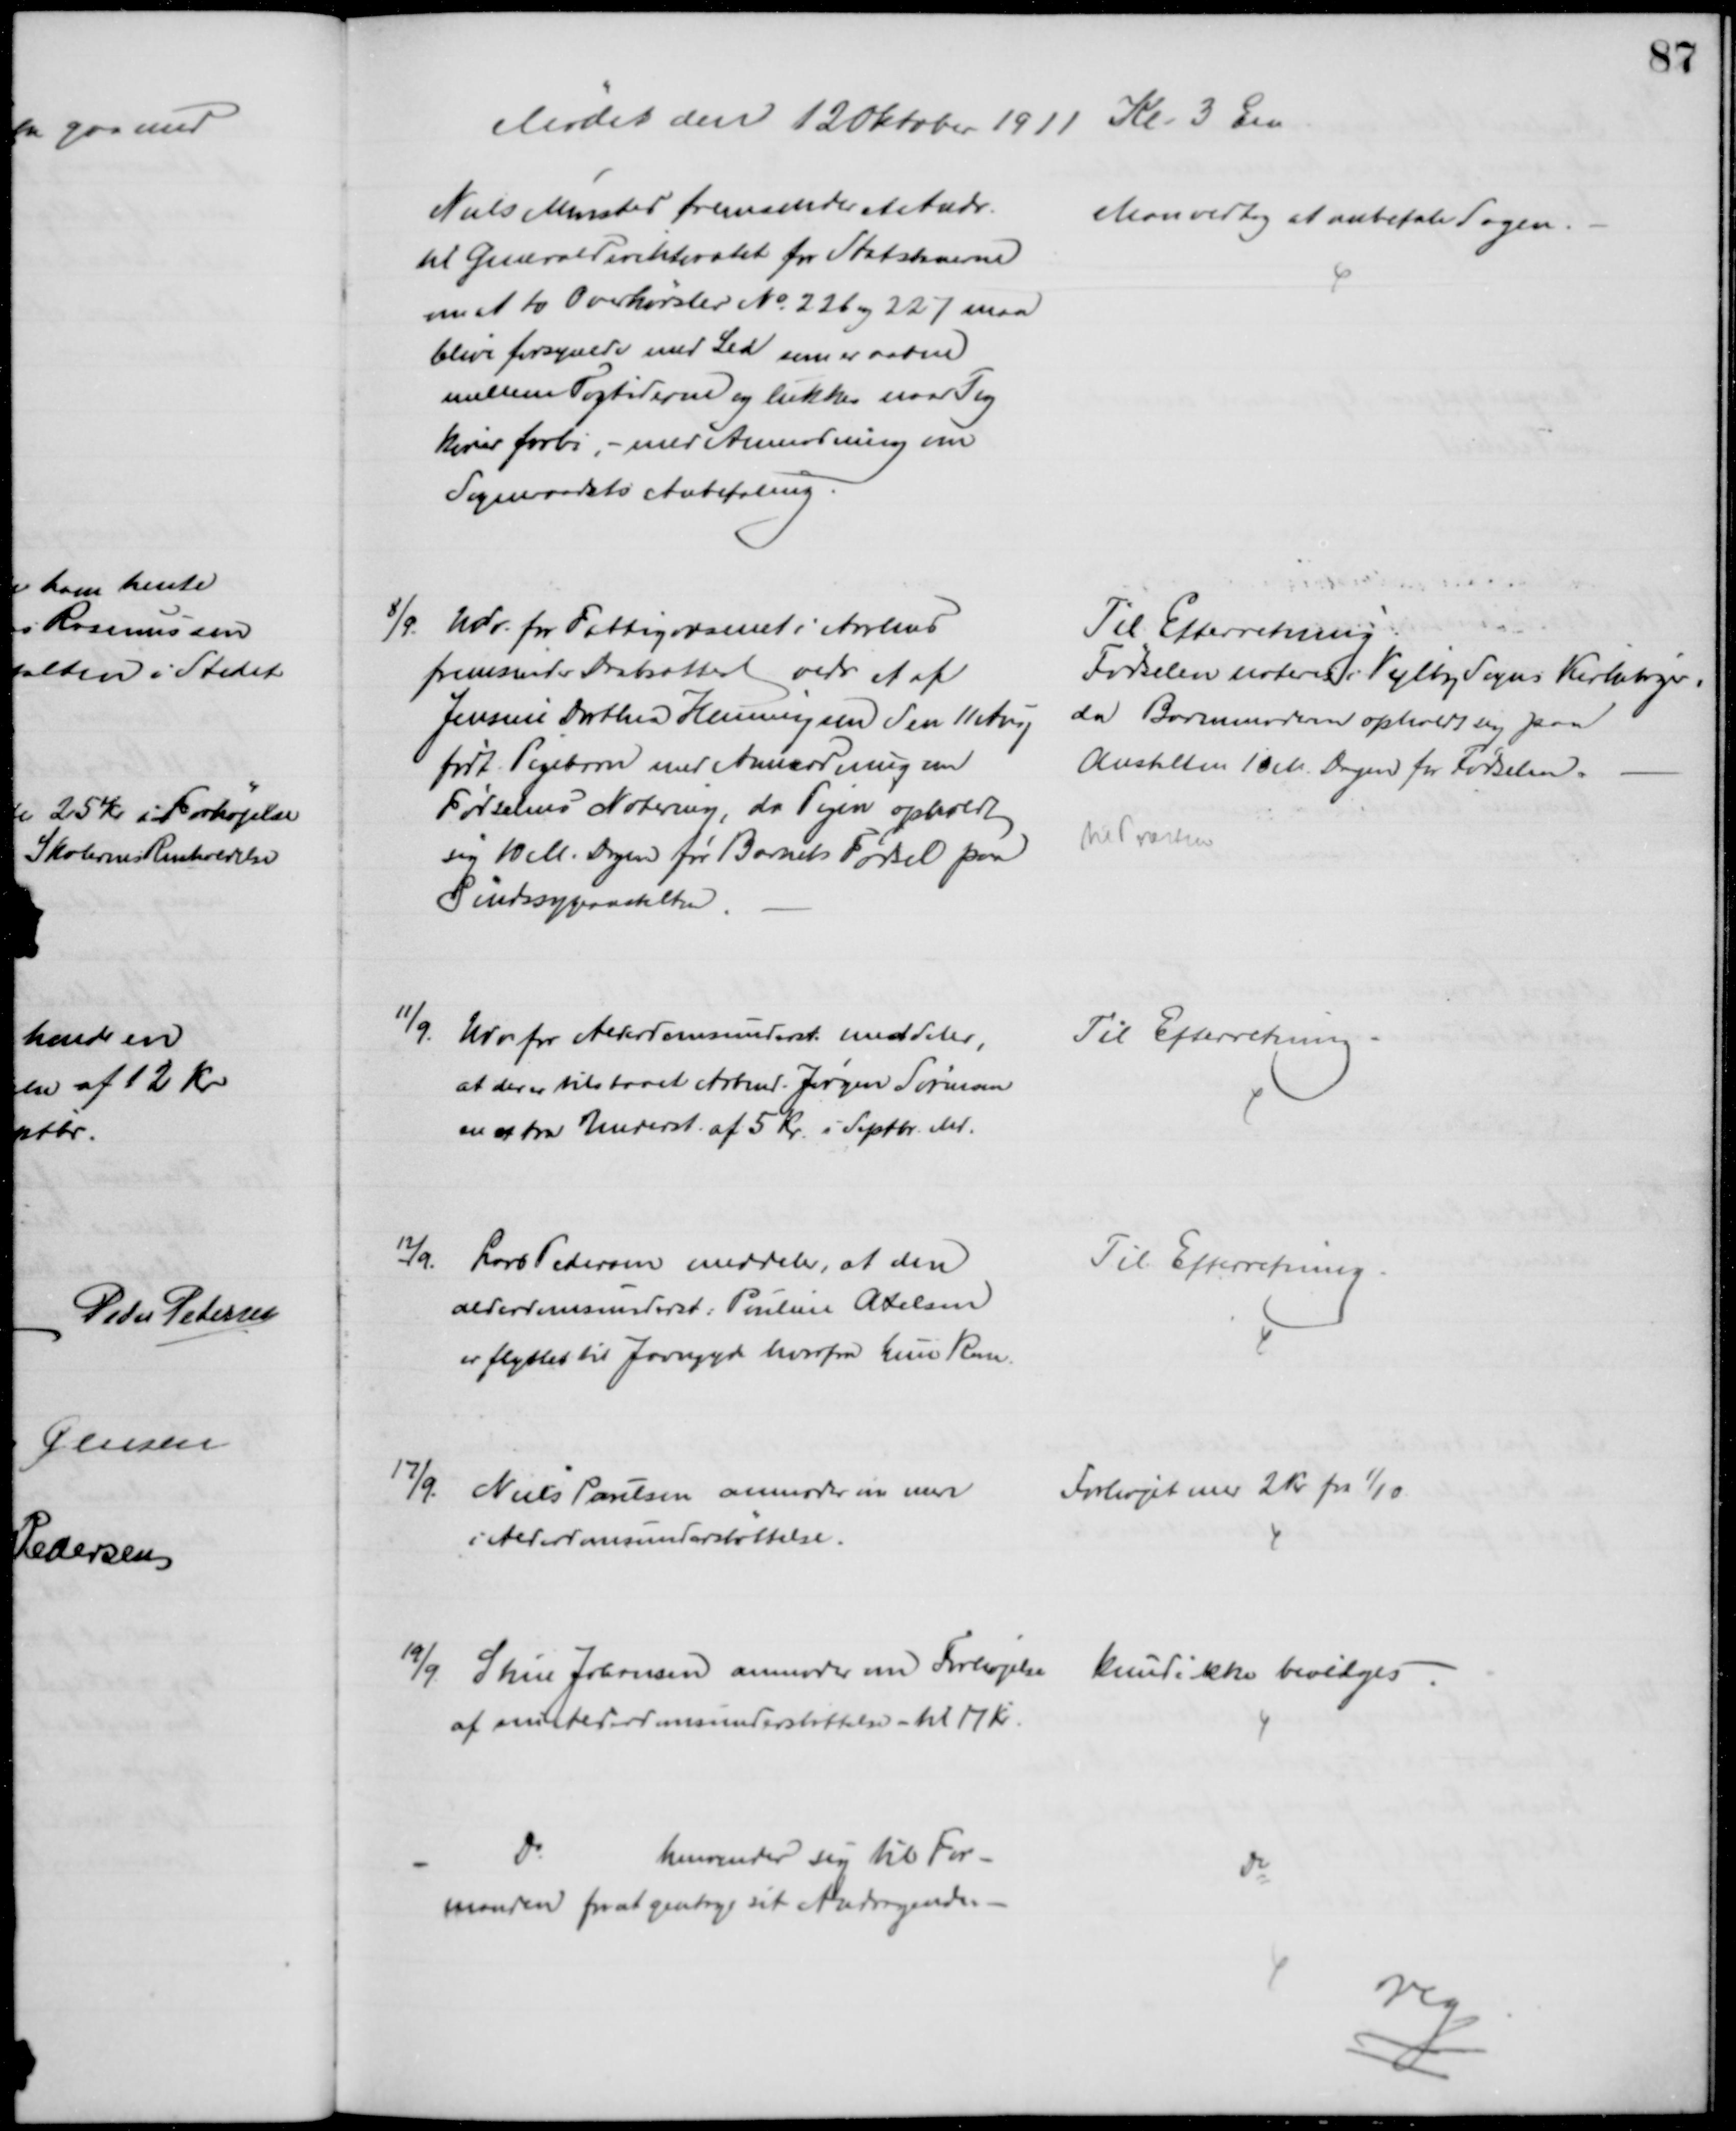
Transskription:
Mødet den 12 Oktober 1911 Kl. 3 Em
Niels Mønsted fremsender et Andr.
til Generaldirektoratet for Statsbanerne
om at to Overkørsler № 226 og 227 maa
blive forsynede med Led som er aabne
mellem Togtiderne og lukkes naar Tog
kører forbi, - med Anmodning om
Sogneraadets Anbefaling
Man vedtog at anbefale Sagen.
8/9. Udv. for Fattigvæsenet i Aarhus
fremsender Daabsattest vedr. et af
Jensine Dorthea Henningsen den 11 Aug
født Pigebarn med Anmodning om
Fødselens Notering, da Pigen opholdt
sig 10 M. Dagen før Barnets Fødsel paa
Sindssygeanstalten
Til Efterretning.
Fødselen noteres i Vejlby Sogns Kirkebøger,
da Barnemoderen opholdt sig paa
Anstalten 10 M. Dagen før Fødselen.
til Præsten
11/9.
Udv for Alderdomsunderst meddeler,
at der er tilstaaet Arbmd. Jørgen Sørensen
en extra Underst. af 5 Kr. i Septbr. Md.
Til Efterretning.
12/9
Lars Pedersen meddeler, at den
alderdomsunderst. Pouline Axelsen
er flyttet til Javngyde hvorfra hun kom.
Til Efterretning.
17/9. Niels Poulsen anmoder om mere
i Alderdomsunderstøttelse.
Forhøjet med 2 Kr fra 1/10.
19/9 Stine Johansen anmoder om Forhøjelse  
af sin Alderdomsunderstøttelse til 17 Kr.
kunde ikke bevilges
Do
henvender sig til For-
manden for at gentage sit Andragende. 
Do
reg